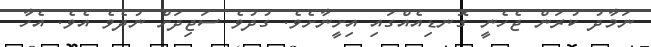
ނަމާދު ކުރަން ޖެހެނީ ގޮނޑިއެއްގައި އިށީނާށެވެ. ގުދުވެ ސަޖިދަށް ނުދެވެ އެވެ. އެހާ